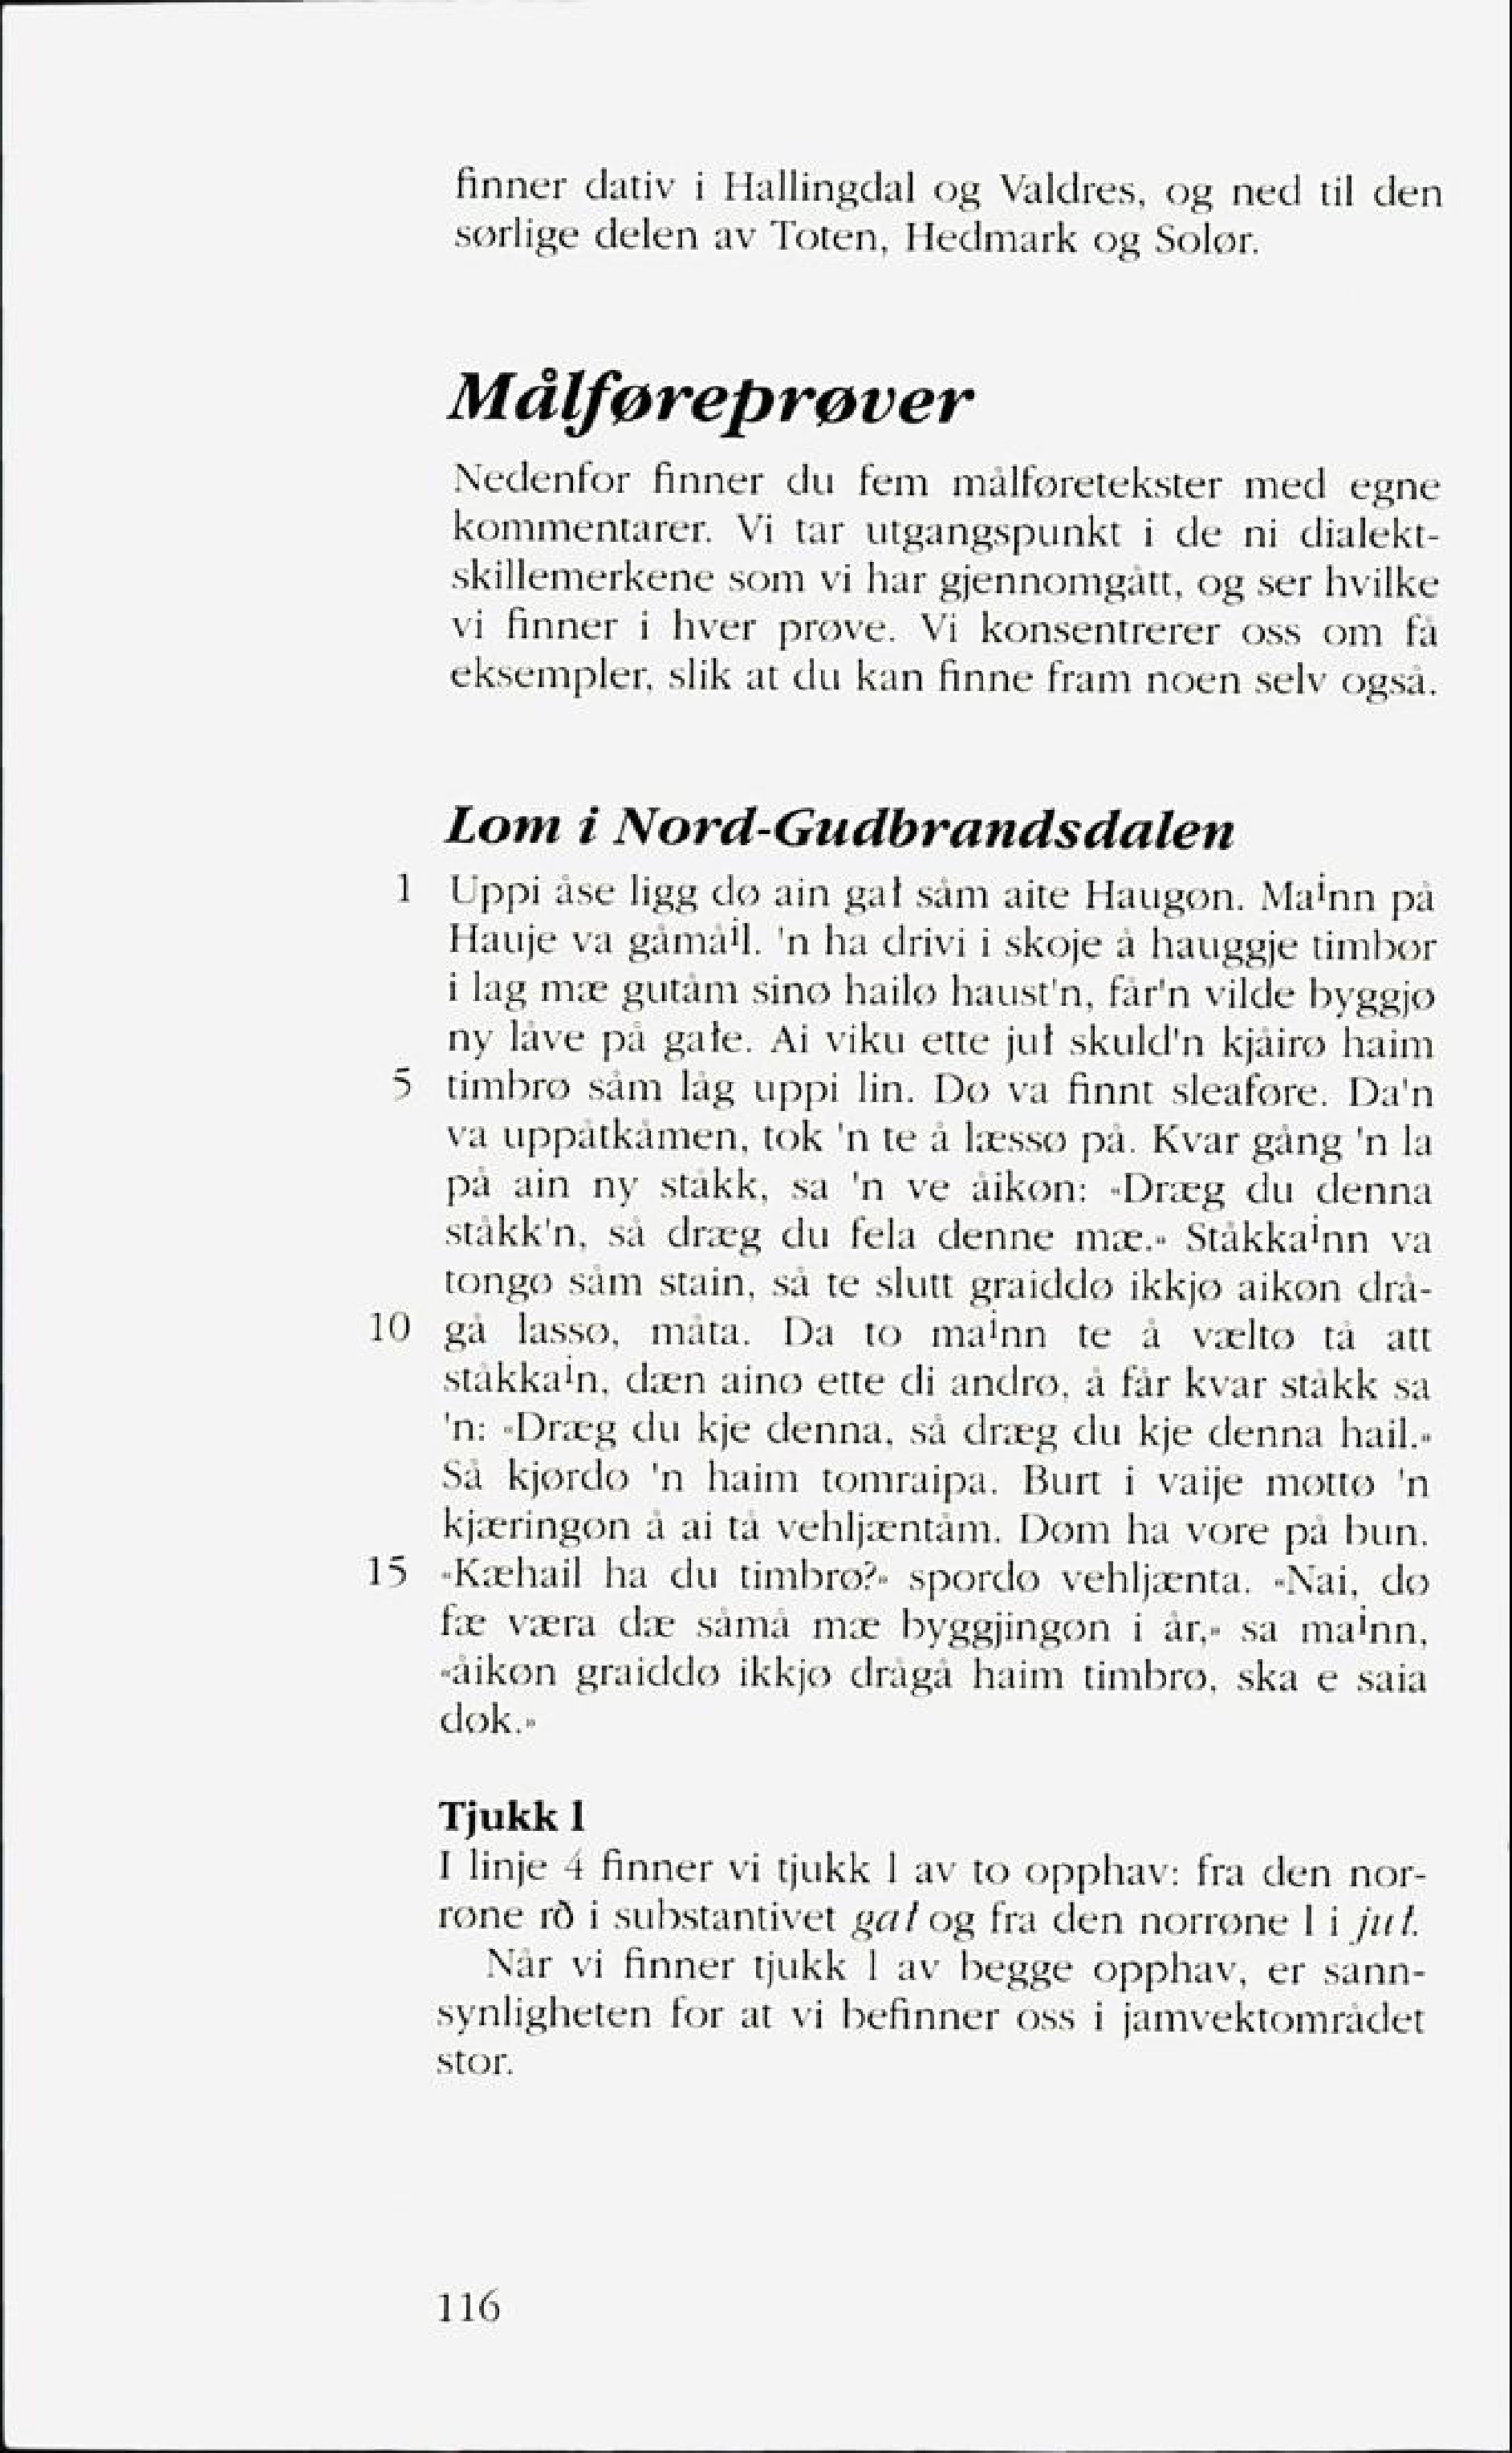
Language: no